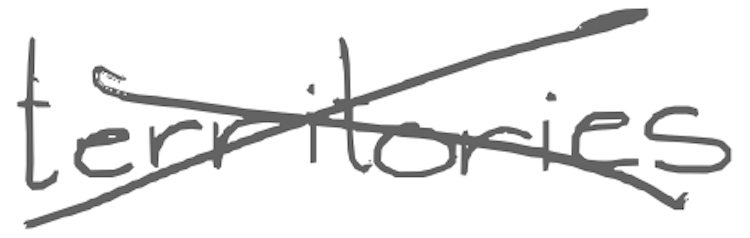
Text: territories
Cross-out: cross
Writing tool: digital_gray